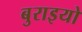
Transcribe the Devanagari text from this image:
बुराइयो